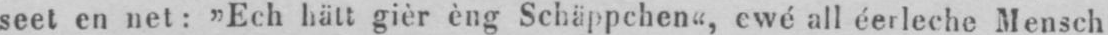
seet en net: „Ech hätt gièr èng Schäppchen“, ewé all éerleche Mensch